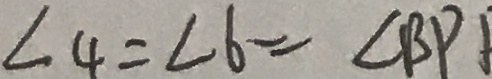
\angle 4 = \angle 6 = \angle B P